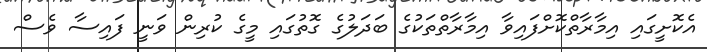
އެކޮށީގައި އިމާރާތްކޮށްފައިވާ އިމާރާތްތަކުގެ ބަދަލުގެ ގޮތުގައި މީގެ ކުރިން ވަނީ ފައިސާ ވެސް